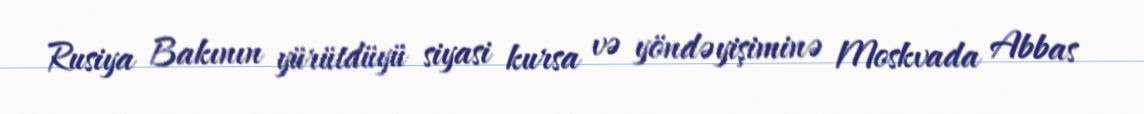
Rusiya Bakının yürütdüyü siyasi kursa və yöndəyişiminə Moskvada Abbas